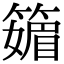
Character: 䉋